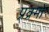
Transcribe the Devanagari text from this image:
प्रक्र्मों